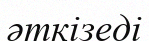
әткізеді